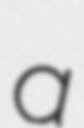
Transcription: a